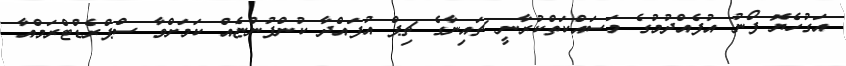
އަގުހެޔޮ ފޯނު އުފެއްދުމުގެ މަސައްކަތްކުރާނީ ޗައިނާގެ ޗިޕް އުފައްދާ ކުންފުންޏެއް ކަމަށްވާ ސްޕްރެޑްޓްރަމްއާ